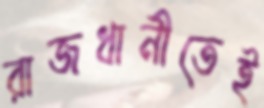
রাজধানীতেই